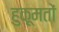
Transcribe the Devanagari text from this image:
हुक़ूमतों